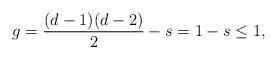
LaTeX: \begin{align*} g = \frac{(d-1)(d-2)}{2} - s = 1 - s \leq 1, \end{align*}